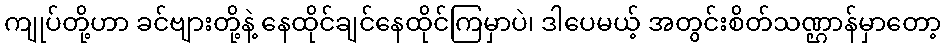
ကျုပ်တို့ဟာ ခင်ဗျားတို့နဲ့ နေထိုင်ချင်နေထိုင်ကြမှာပဲ၊ ဒါပေမယ့် အတွင်းစိတ်သဏ္ဌာန်မှာတော့